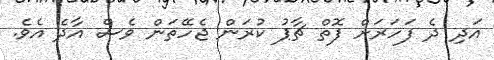
އަދި ދެ ފަހަރަށް ފޮތް ޗާޕު ކުރަން ޖެހޭތަން ވެސް އާދެ އެވެ.